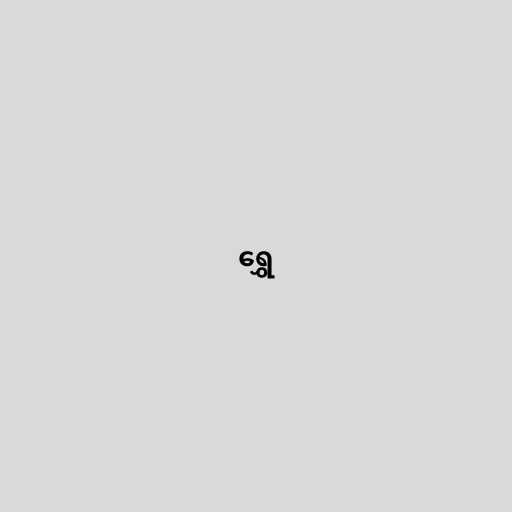
ရွှေ